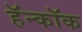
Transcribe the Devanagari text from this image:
हॅन्कॉक